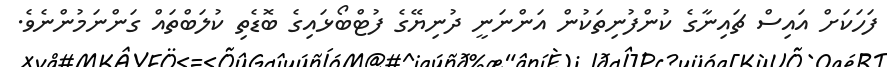
ފަހަކަށް އައިސް ޗައިނާގެ ކުންފުނިތަކުން އަންނަނީ ދުނިޔޭގެ ފުޓްބޯޅައިގެ ބޮޑެތި ކުލަބްތައް ގަންނަމުންނެވެ.